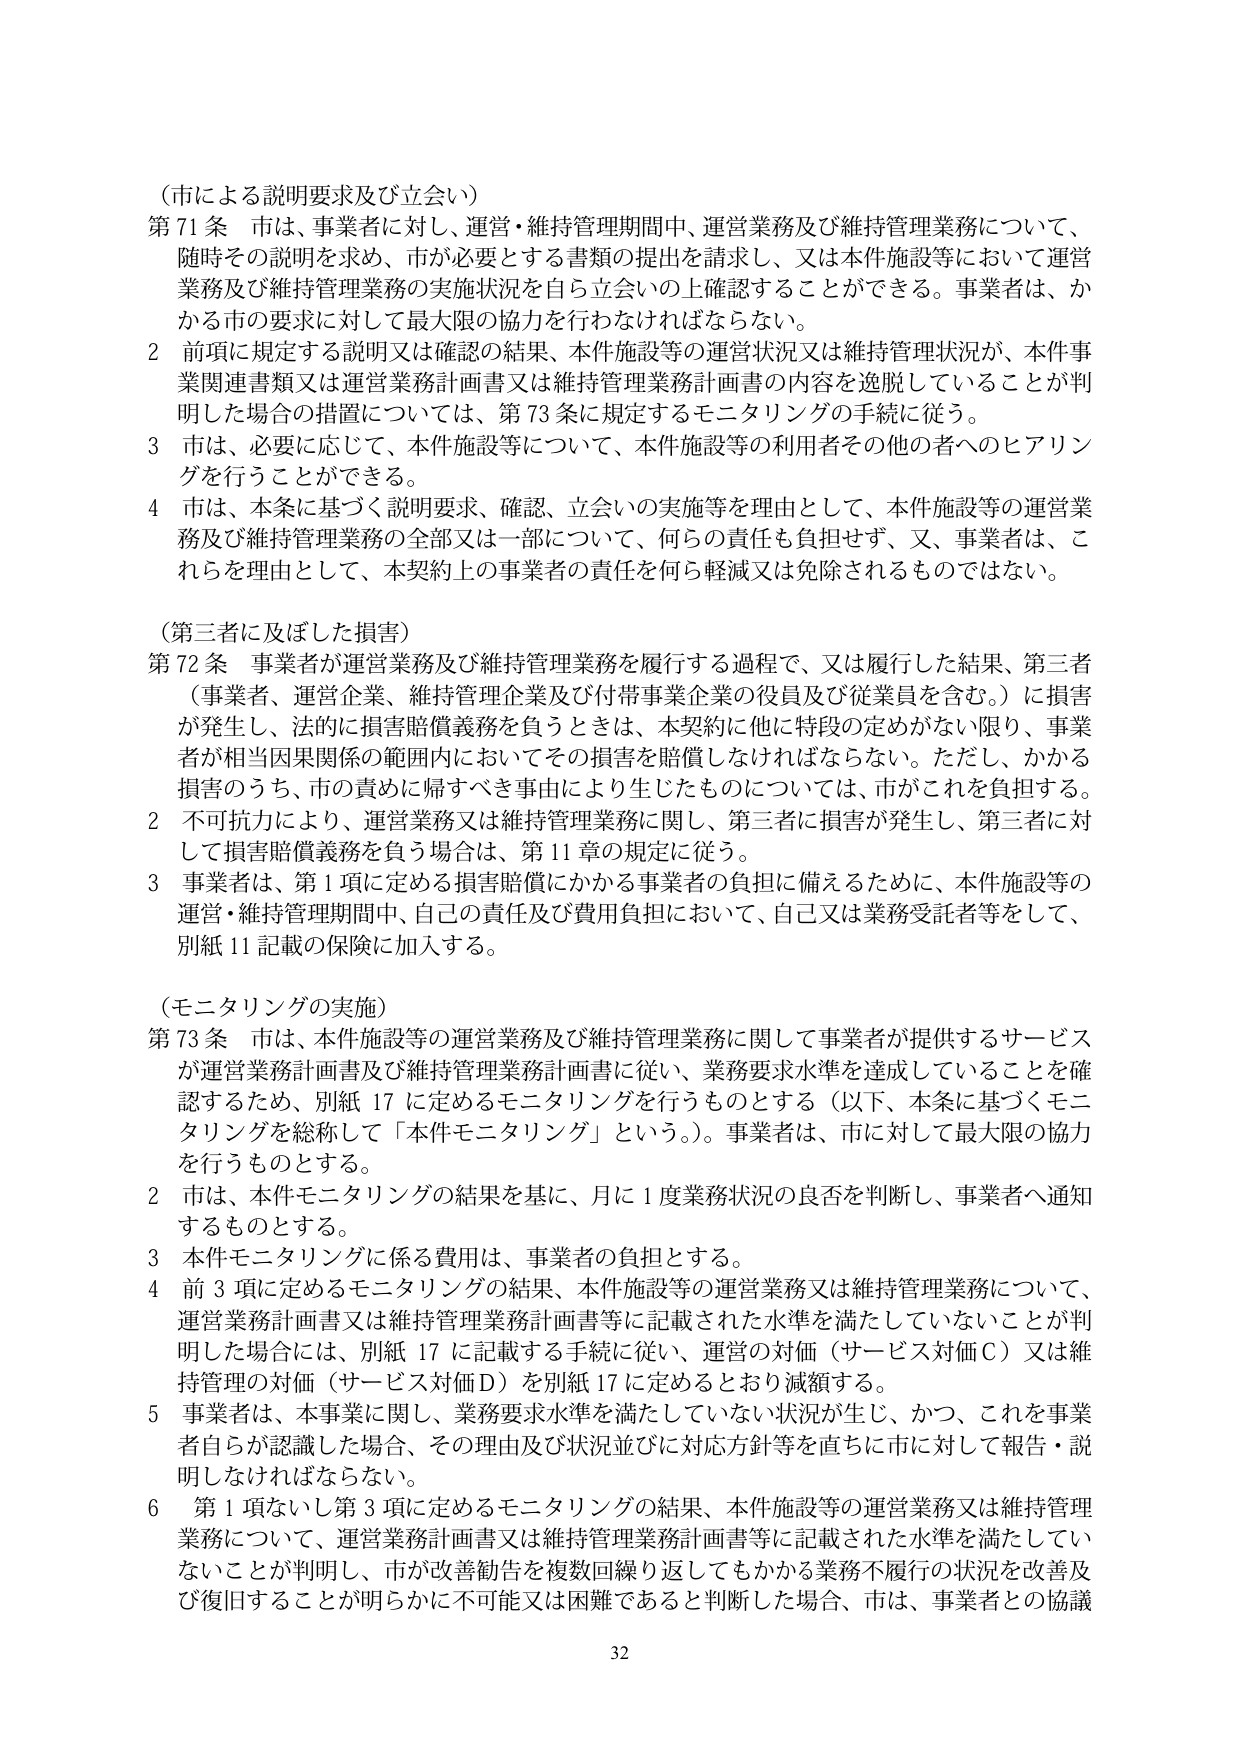
（市による説明要求及び立会い）
第71条 市は、事業者に対し、運営・維持管理期間中、運営業務及び維持管理業務について、
随時その説明を求め、市が必要とする書類の提出を請求し、又は本件施設等において運営
業務及び維持管理業務の実施状況を自ら立会いの上確認することができる。事業者は、か
かる市の要求に対して最大限の協力を行わなければならない。
2 前項に規定する説明又は確認の結果、本件施設等の運営状況又は維持管理状況が、本件事
業関連書類又は運営業務計画書又は維持管理業務計画書の内容を逸脱していることが判
明した場合の措置については、第73条に規定するモニタリングの手続に従う。
3 市は、必要に応じて、本件施設等について、本件施設等の利用者その他の方へのヒアリン
グを行うことができる。
4 市は、本条に基づく説明要求、確認、立会いの実施等を理由として、本件施設等の運営業
務及び維持管理業務の全部又は一部について、何らの責任も負担せず、又、事業者は、こ
れらを理由として、本契約上の事業者の責任を何ら軽減又は免除されるものではない。

（第三者に及ぼした損害）
第72条 事業者が運営業務及び維持管理業務を履行する過程で、又は履行した結果、第三者
（事業者、運営企業、維持管理企業及び付帯事業企業の役員及び従業員を含む。）に損害
が発生し、法的に損害賠償義務を負うときは、本契約に他に特段の定めがない限り、事業
者が相当因果関係の範囲内においてその損害を賠償しなければならない。ただし、かかる
損害のうち、市の責めに帰すべき事由により生じたものについては、市がこれを負担する。
2 不可抗力により、運営業務又は維持管理業務に関し、第三者に損害が発生し、第三者に対
して損害賠償義務を負う場合は、第11章の規定に従う。
3 事業者は、第1項に定める損害賠償にかかる事業者の負担に備えるために、本件施設等の
運営・維持管理期間中、自己の責任及び費用負担において、自己又は業務受託者等をして、
別紙11記載の保険に加入する。

（モニタリングの実施）
第73条 市は、本件施設等の運営業務及び維持管理業務に関して事業者が提供するサービス
が運営業務計画書及び維持管理業務計画書に従い、業務要求水準を達成していることを確
認するため、別紙17に定めるモニタリングを行うものとする（以下、本条に基づくモニ
タリングを総称して「本件モニタリング」という。）。事業者は、市に対して最大限の協力
を行うものとする。
2 市は、本件モニタリングの結果を基に、月に1度業務状況の良否を判断し、事業者へ通知
するものとする。
3 本件モニタリングに係る費用は、事業者の負担とする。
4 前3項に定めるモニタリングの結果、本件施設等の運営業務又は維持管理業務について、
運営業務計画書又は維持管理業務計画書等に記載された水準を満たしていないことが判
明した場合には、別紙17に記載する手続に従い、運営の対価（サービス対価Ｃ）又は維
持管理の対価（サービス対価Ｄ）を別紙17に定めるとおり減額する。
5 事業者は、本事業に関し、業務要求水準を満たしていない状況が生じ、かつ、これを事業
者自らが認識した場合、その理由及び状況並びに対応方針等を直ちに市に対して報告・説
明しなければならない。
6 第1項ないし第3項に定めるモニタリングの結果、本件施設等の運営業務又は維持管理
業務について、運営業務計画書又は維持管理業務計画書等に記載された水準を満たしてい
ないことが判明し、市が改善勧告を複数回繰り返してもかかる業務不履行の状況を改善及
び復旧することが明らかに不可能又は困難であると判断した場合、市は、事業者との協議

32